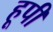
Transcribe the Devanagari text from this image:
हूपी